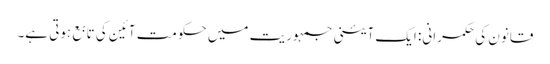
قانون کی حکمرانی: ایک آئینی جمہوریت میں حکومت آئین کی تابع ہوتی ہے۔